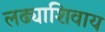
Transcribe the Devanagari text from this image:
लढ्याशिवाय